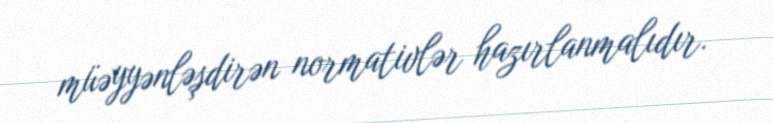
müəyyənləşdirən normativlər hazırlanmalıdır.